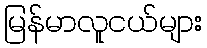
မြန်မာလူငယ်များ